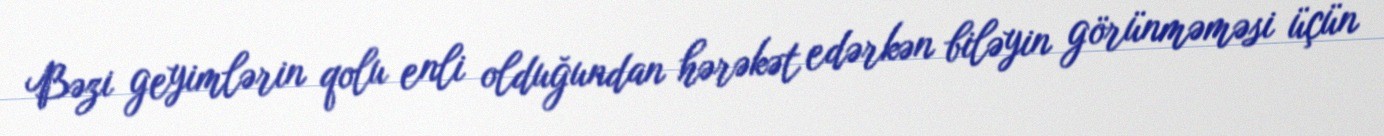
Bəzi geyimlərin qolu enli olduğundan hərəkət edərkən biləyin görünməməsi üçün